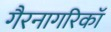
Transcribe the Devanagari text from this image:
गैरनागरिकॉ